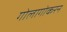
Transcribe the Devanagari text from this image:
गोलागोकरन